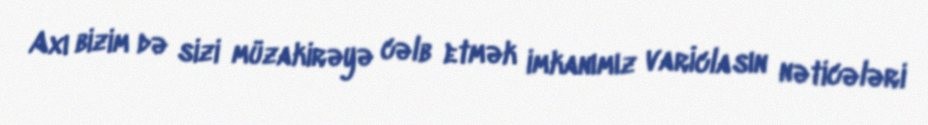
Axı bizim də sizi müzakirəyə cəlb etmək imkanımız varİclasın nəticələri